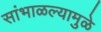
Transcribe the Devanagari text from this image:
सांभाळल्यामुळे